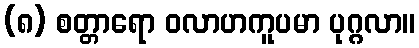
(၈) စတ္တာရော ဝလာဟကူပမာ ပုဂ္ဂလာ။